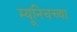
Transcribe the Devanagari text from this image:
म्यूनिचच्या